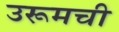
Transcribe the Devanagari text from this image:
उरूमची